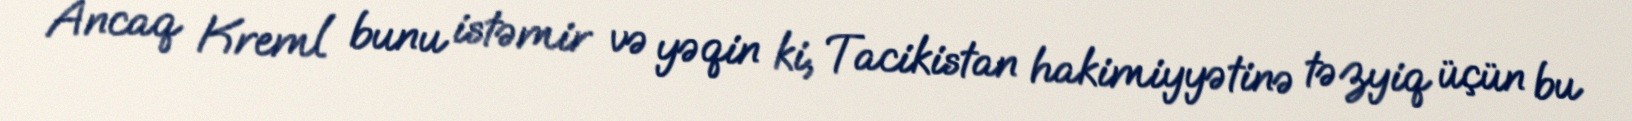
Ancaq Kreml bunu istəmir və yəqin ki, Tacikistan hakimiyyətinə təzyiq üçün bu